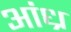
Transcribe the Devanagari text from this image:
अांध्र